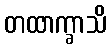
တထာက္ခာသိ